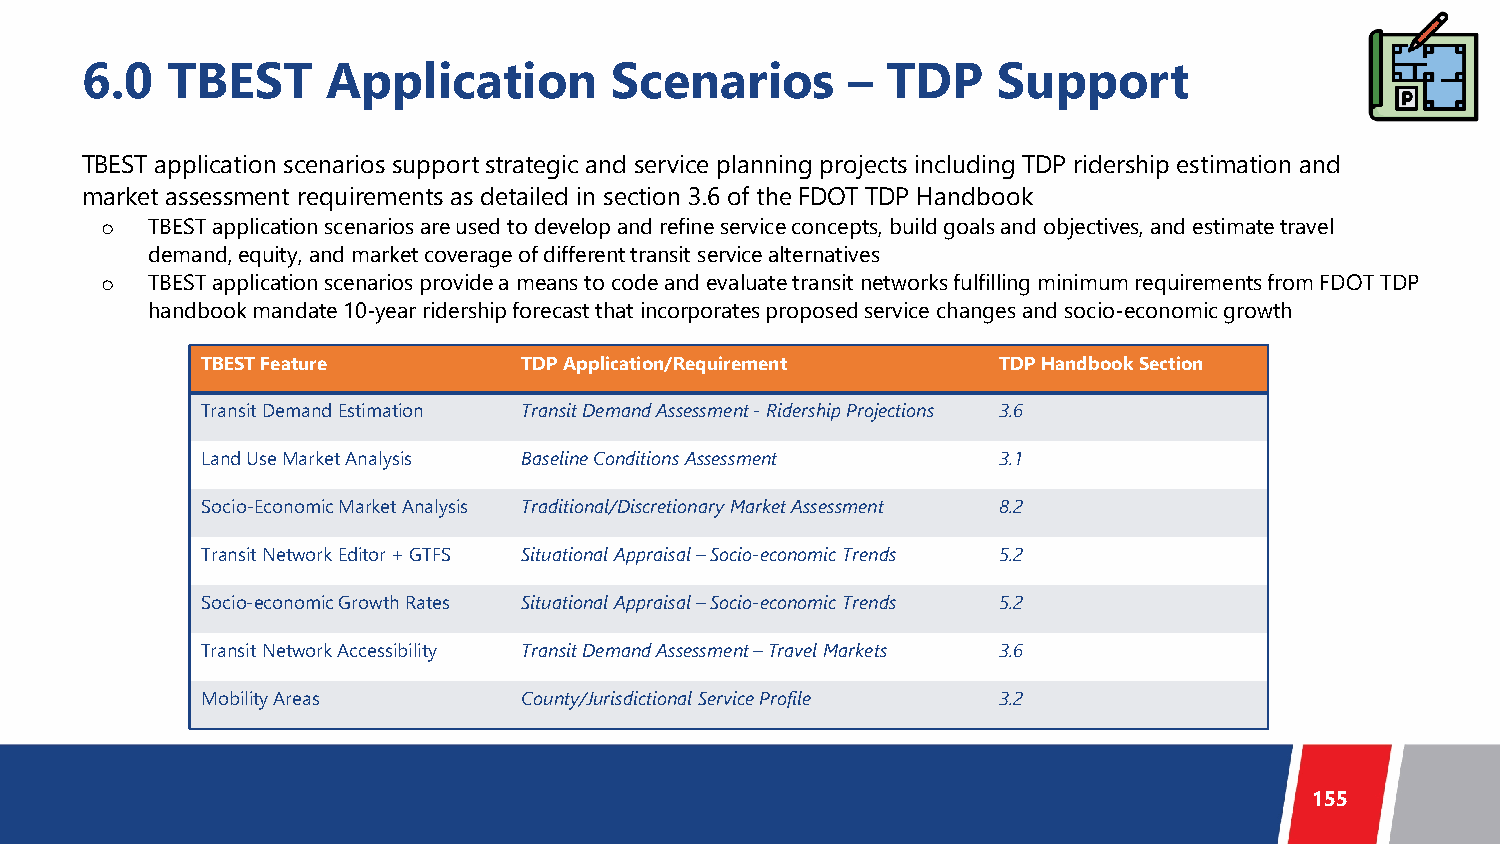
6.0   TBEST      Application       Scenarios       –  TDP    Support
 TBEST application scenarios support strategic and service planning projects including TDP ridership estimation and
 market assessment requirements as detailed in section 3.6 of the FDOT TDP Handbook
 o  TBEST application scenarios are used to develop and refine service concepts, build goals and objectives, and estimate travel
 demand, equity, and market coverage of different transit service alternatives
 o  TBEST application scenarios provide a means to code and evaluate transit networks fulfilling minimum requirements from FDOT TDP
 handbook mandate 10-year ridership forecast that incorporates proposed service changes and socio-economic growth
 TBEST Feature         TDP Application/Requirement    TDP Handbook Section
 Transit Demand Estimation Transit Demand Assessment -Ridership Projections 3.6
 Land Use Market Analysis Baseline Conditions Assessment 3.1
 Socio-Economic Market Analysis Traditional/Discretionary Market Assessment 8.2
 Transit Network Editor + GTFS Situational Appraisal –Socio-economic Trends 5.2
 Socio-economic Growth Rates Situational Appraisal –Socio-economic Trends 5.2
 Transit Network Accessibility Transit Demand Assessment –Travel Markets 3.6
 Mobility Areas        County/Jurisdictional Service Profile 3.2
 155